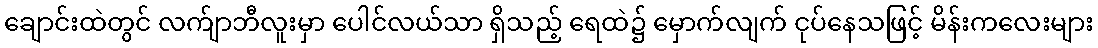
ချောင်းထဲတွင် လက်ျာဘီလူးမှာ ပေါင်လယ်သာ ရှိသည့် ရေထဲ၌ မှောက်လျက် ငုပ်နေသဖြင့် မိန်းကလေးများ